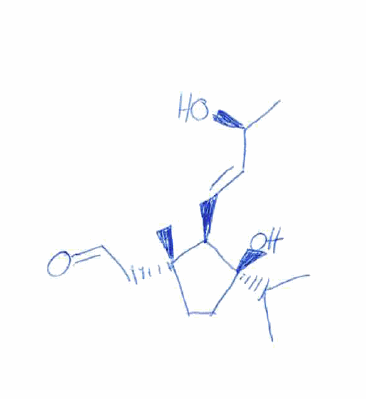
Simplified molecular-input line-entry system (SMILES) notation of the given molecule:
C[C@@H](/C=C/[C@@H]1[C@@](CC[C@]1(C(C)C)O)(C)CC=O)O